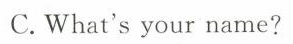
C. What's your name?